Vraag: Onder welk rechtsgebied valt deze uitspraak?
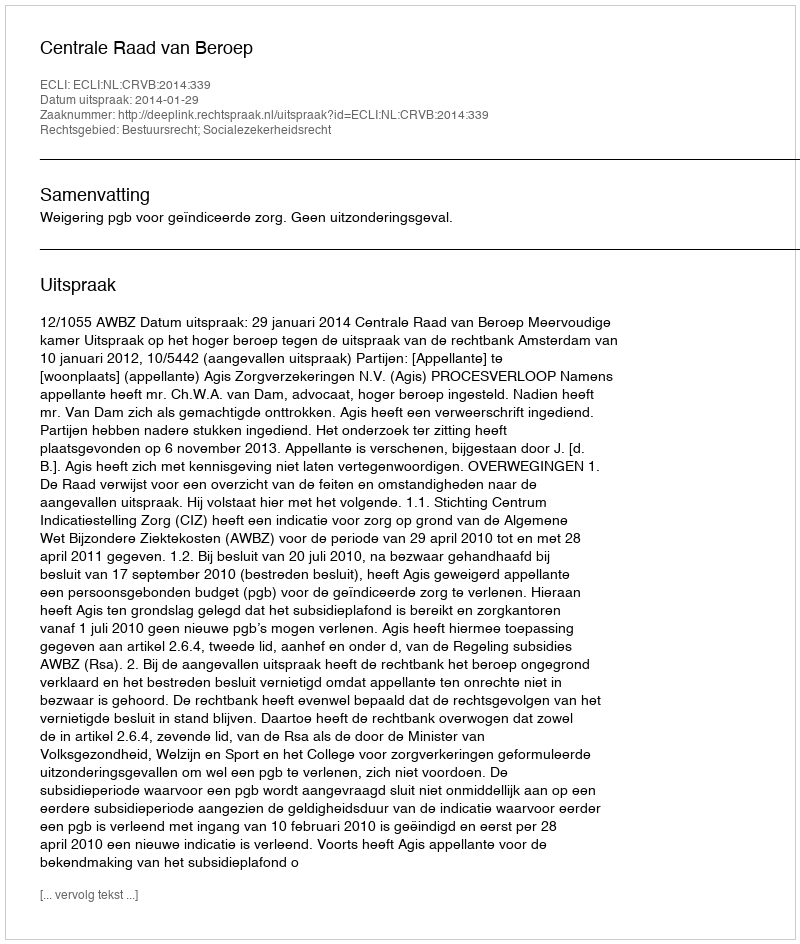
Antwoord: Bestuursrecht; Socialezekerheidsrecht